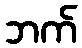
ဘက်